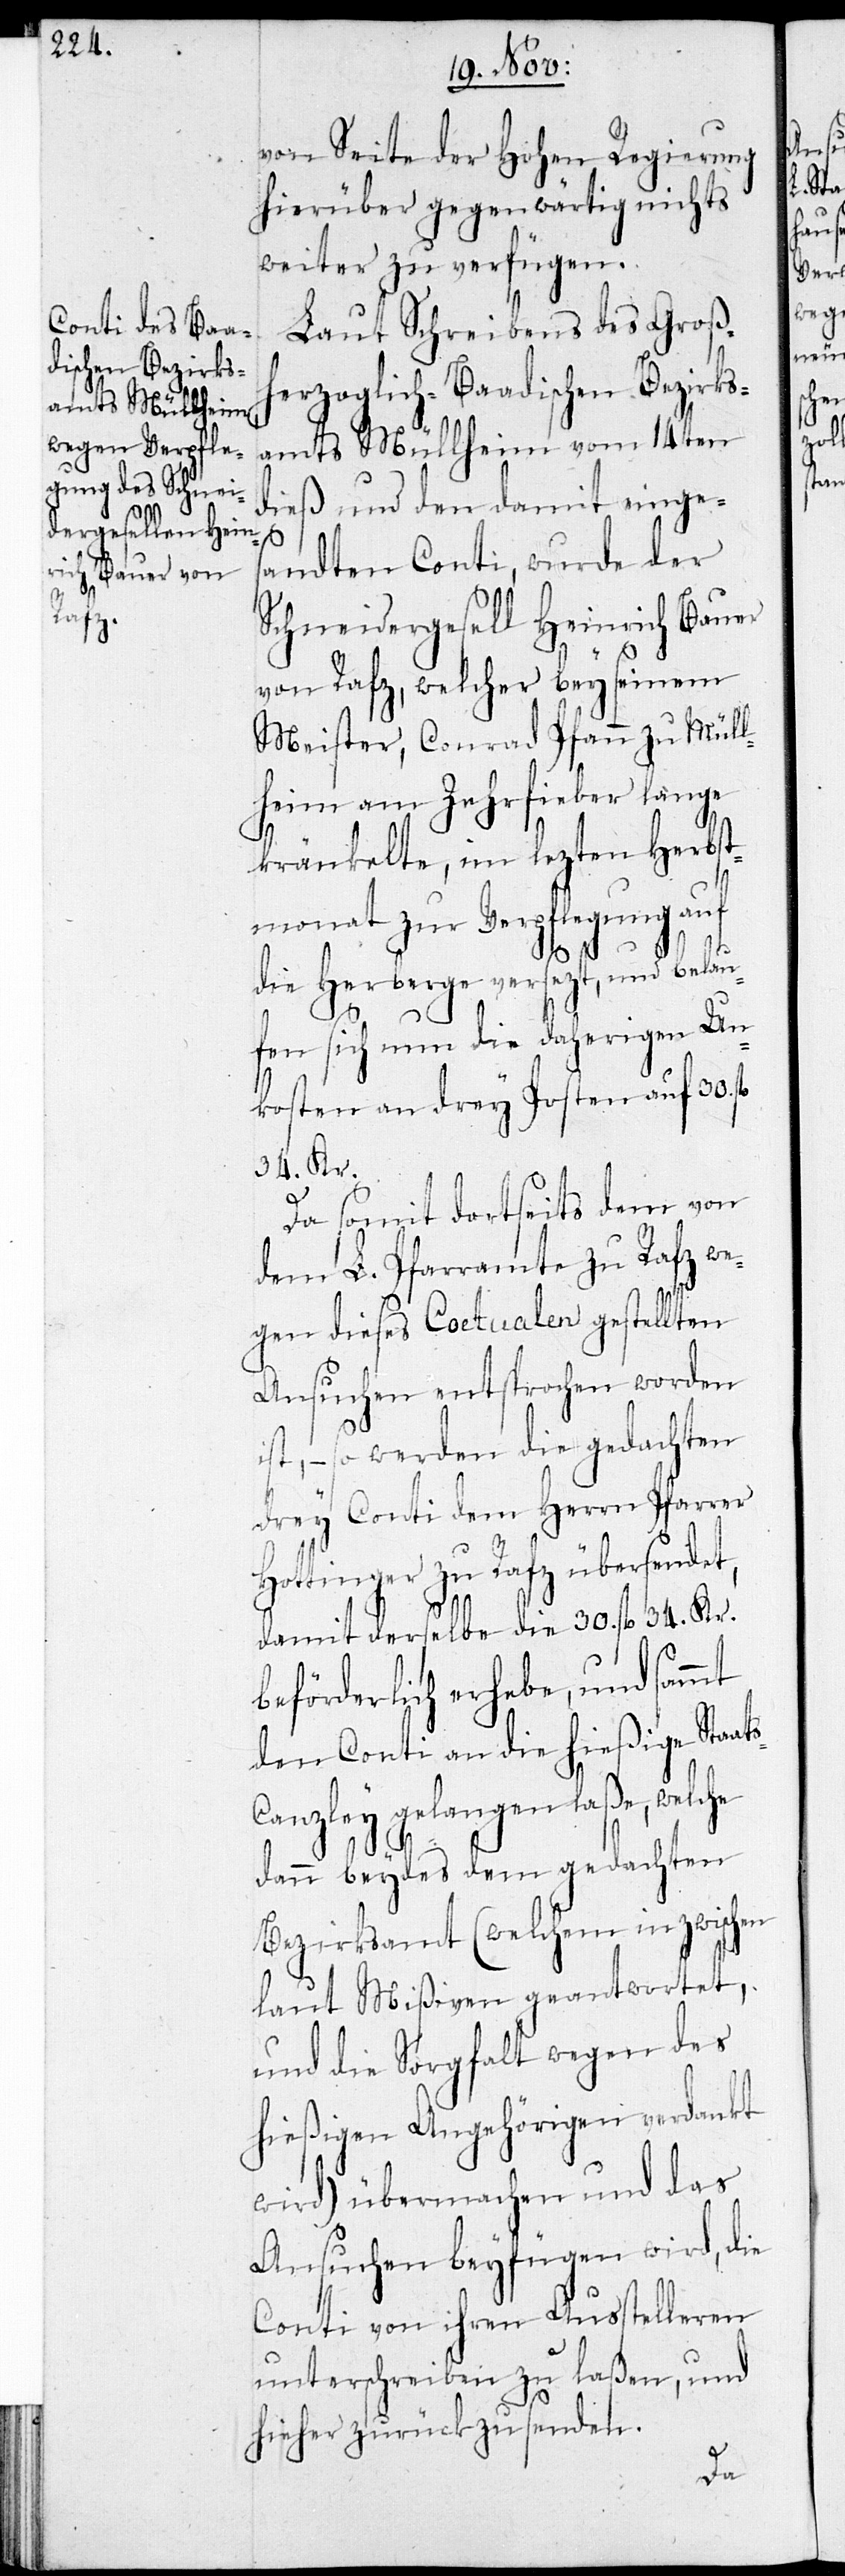
s-C¬

von Seite der Hohen Regierung
hierüber gegenwärtig nichts
weiter zu verfügen.
Laut Schreibens des Großh¬
erzoglich-Baadischen Bezirks¬
amts Müllheim vom 14ten
dieß, und den damit einges¬
andten Conti, wurde der
Schneidergesell Heinrich Bauer
von Rafz, welcher bey seinem
Meister, Conrad Pfann zu Mül¬
heim am Zehrfieber lange
kränkelte, im lezten Herbst¬
monat zur Verpflegung auf
die Herberge versezt, und belau¬
fen sich nun die daherigen Un¬
kosten an drey Posten auf 30. fl.
34. Kr.
Da somit dortseits dem von
dem L. Pfarramte zu Rafz we¬
gen dieses Coetualen gestellten
Ansuchen entsprochen worden
ist, – so werden die gedachten
drey Conti dem Herrn Pfarrer
Hottinger zu Rafz übersendet,
damit derselbe die 30. fl. 34. Kr.
beförderlich erhebe, und sammt
den Conti an die hießige Staat¬
anzley gelangen laße, welche
dann beydes dem gedachten
Bezirksamt (welchem inzwischen
laut Mißiven geantwortet,
und die Sorgfalt wegen des
hießigen Angehörigen verdankt
wird) übermachen und das
Ansuchen beyfügen wird, die
Conti von ihren Ausstelleren
unterschreiben zu laßen, und
hieher zurückzusenden.